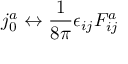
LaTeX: j _ { 0 } ^ { a } \leftrightarrow \frac { 1 } { 8 \pi } \epsilon _ { i j } F _ { i j } ^ { a }